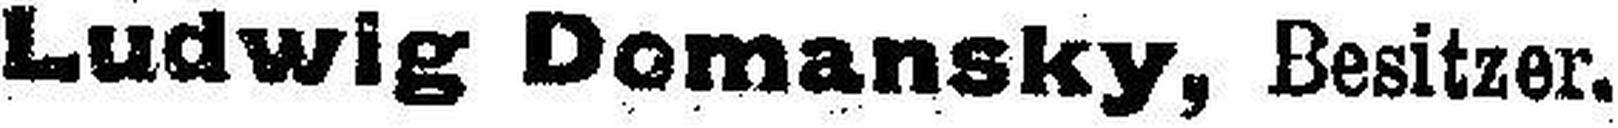
Ludwig Domansky, Besitzer.